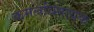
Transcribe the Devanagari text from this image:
कमलविनायक